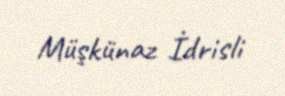
Müşkünaz İdrisli